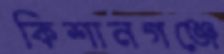
কিশানগঞ্জে